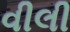
વીલી